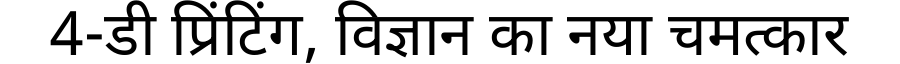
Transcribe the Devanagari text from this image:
4-डी प्रिंटिंग, विज्ञान का नया चमत्कार